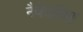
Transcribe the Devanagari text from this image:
नैवेद्यशिष्ट